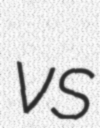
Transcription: vs